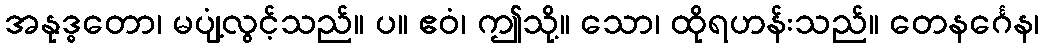
အနုဒ္ဓတော၊ မပျံ့လွင့်သည်။ ပ။ ဧဝံ၊ ဤသို့။ သော၊ ထိုရဟန်းသည်။ တေနင်္ဂေန၊